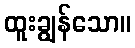
ထူးချွန်သော။